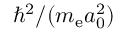
\hbar ^ { 2 } / ( m _ { \mathrm { e } } a _ { 0 } ^ { 2 } )